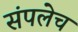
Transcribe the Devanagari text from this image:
संपलेच